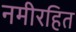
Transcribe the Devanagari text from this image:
नमीरहित